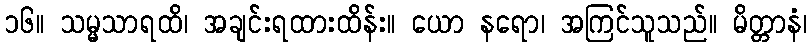
၁၆။ သမ္မသာရထိ၊ အချင်းရထားထိန်း။ ယော နရော၊ အကြင်သူသည်။ မိတ္တာနံ၊